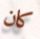
كان